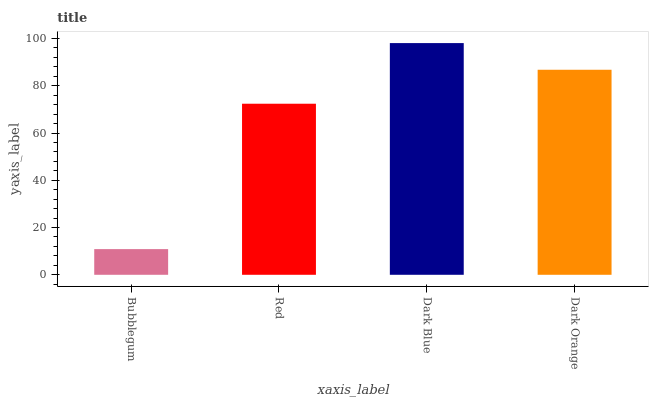
| xaxis_label | bars |
 | --- | --- |
 | Bubblegum | 10.9 |
 | Red | 72.4 |
 | Dark Blue | 98.1 |
 | Dark Orange | 86.8 |